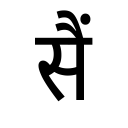
OCR:
सैं